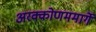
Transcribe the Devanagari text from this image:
अरक्कोणममार्गे